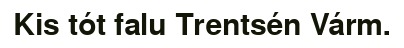
Kis tót falu Trentsén Várm.